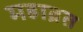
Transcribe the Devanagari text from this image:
महाब्रत